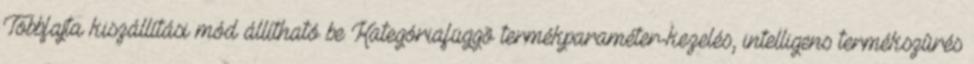
Többfajta kiszállítási mód állítható be Kategóriafüggõ termékparaméter-kezelés, intelligens termékszûrés